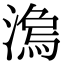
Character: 𣻍